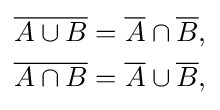
{\begin{aligned}{\overline {A\cup B}}&={\overline {A}}\cap {\overline {B}},\\{\overline {A\cap B}}&={\overline {A}}\cup {\overline {B}},\end{aligned}}